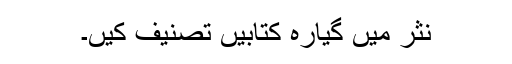
نثر میں گیارہ کتابیں تصنیف کیں۔